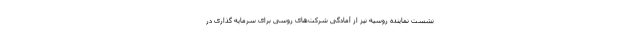
نشست نماینده روسیه نیز از آمادگی شرکت‌های روسی برای سرمایه گذاری در